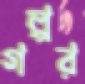
গল্পর